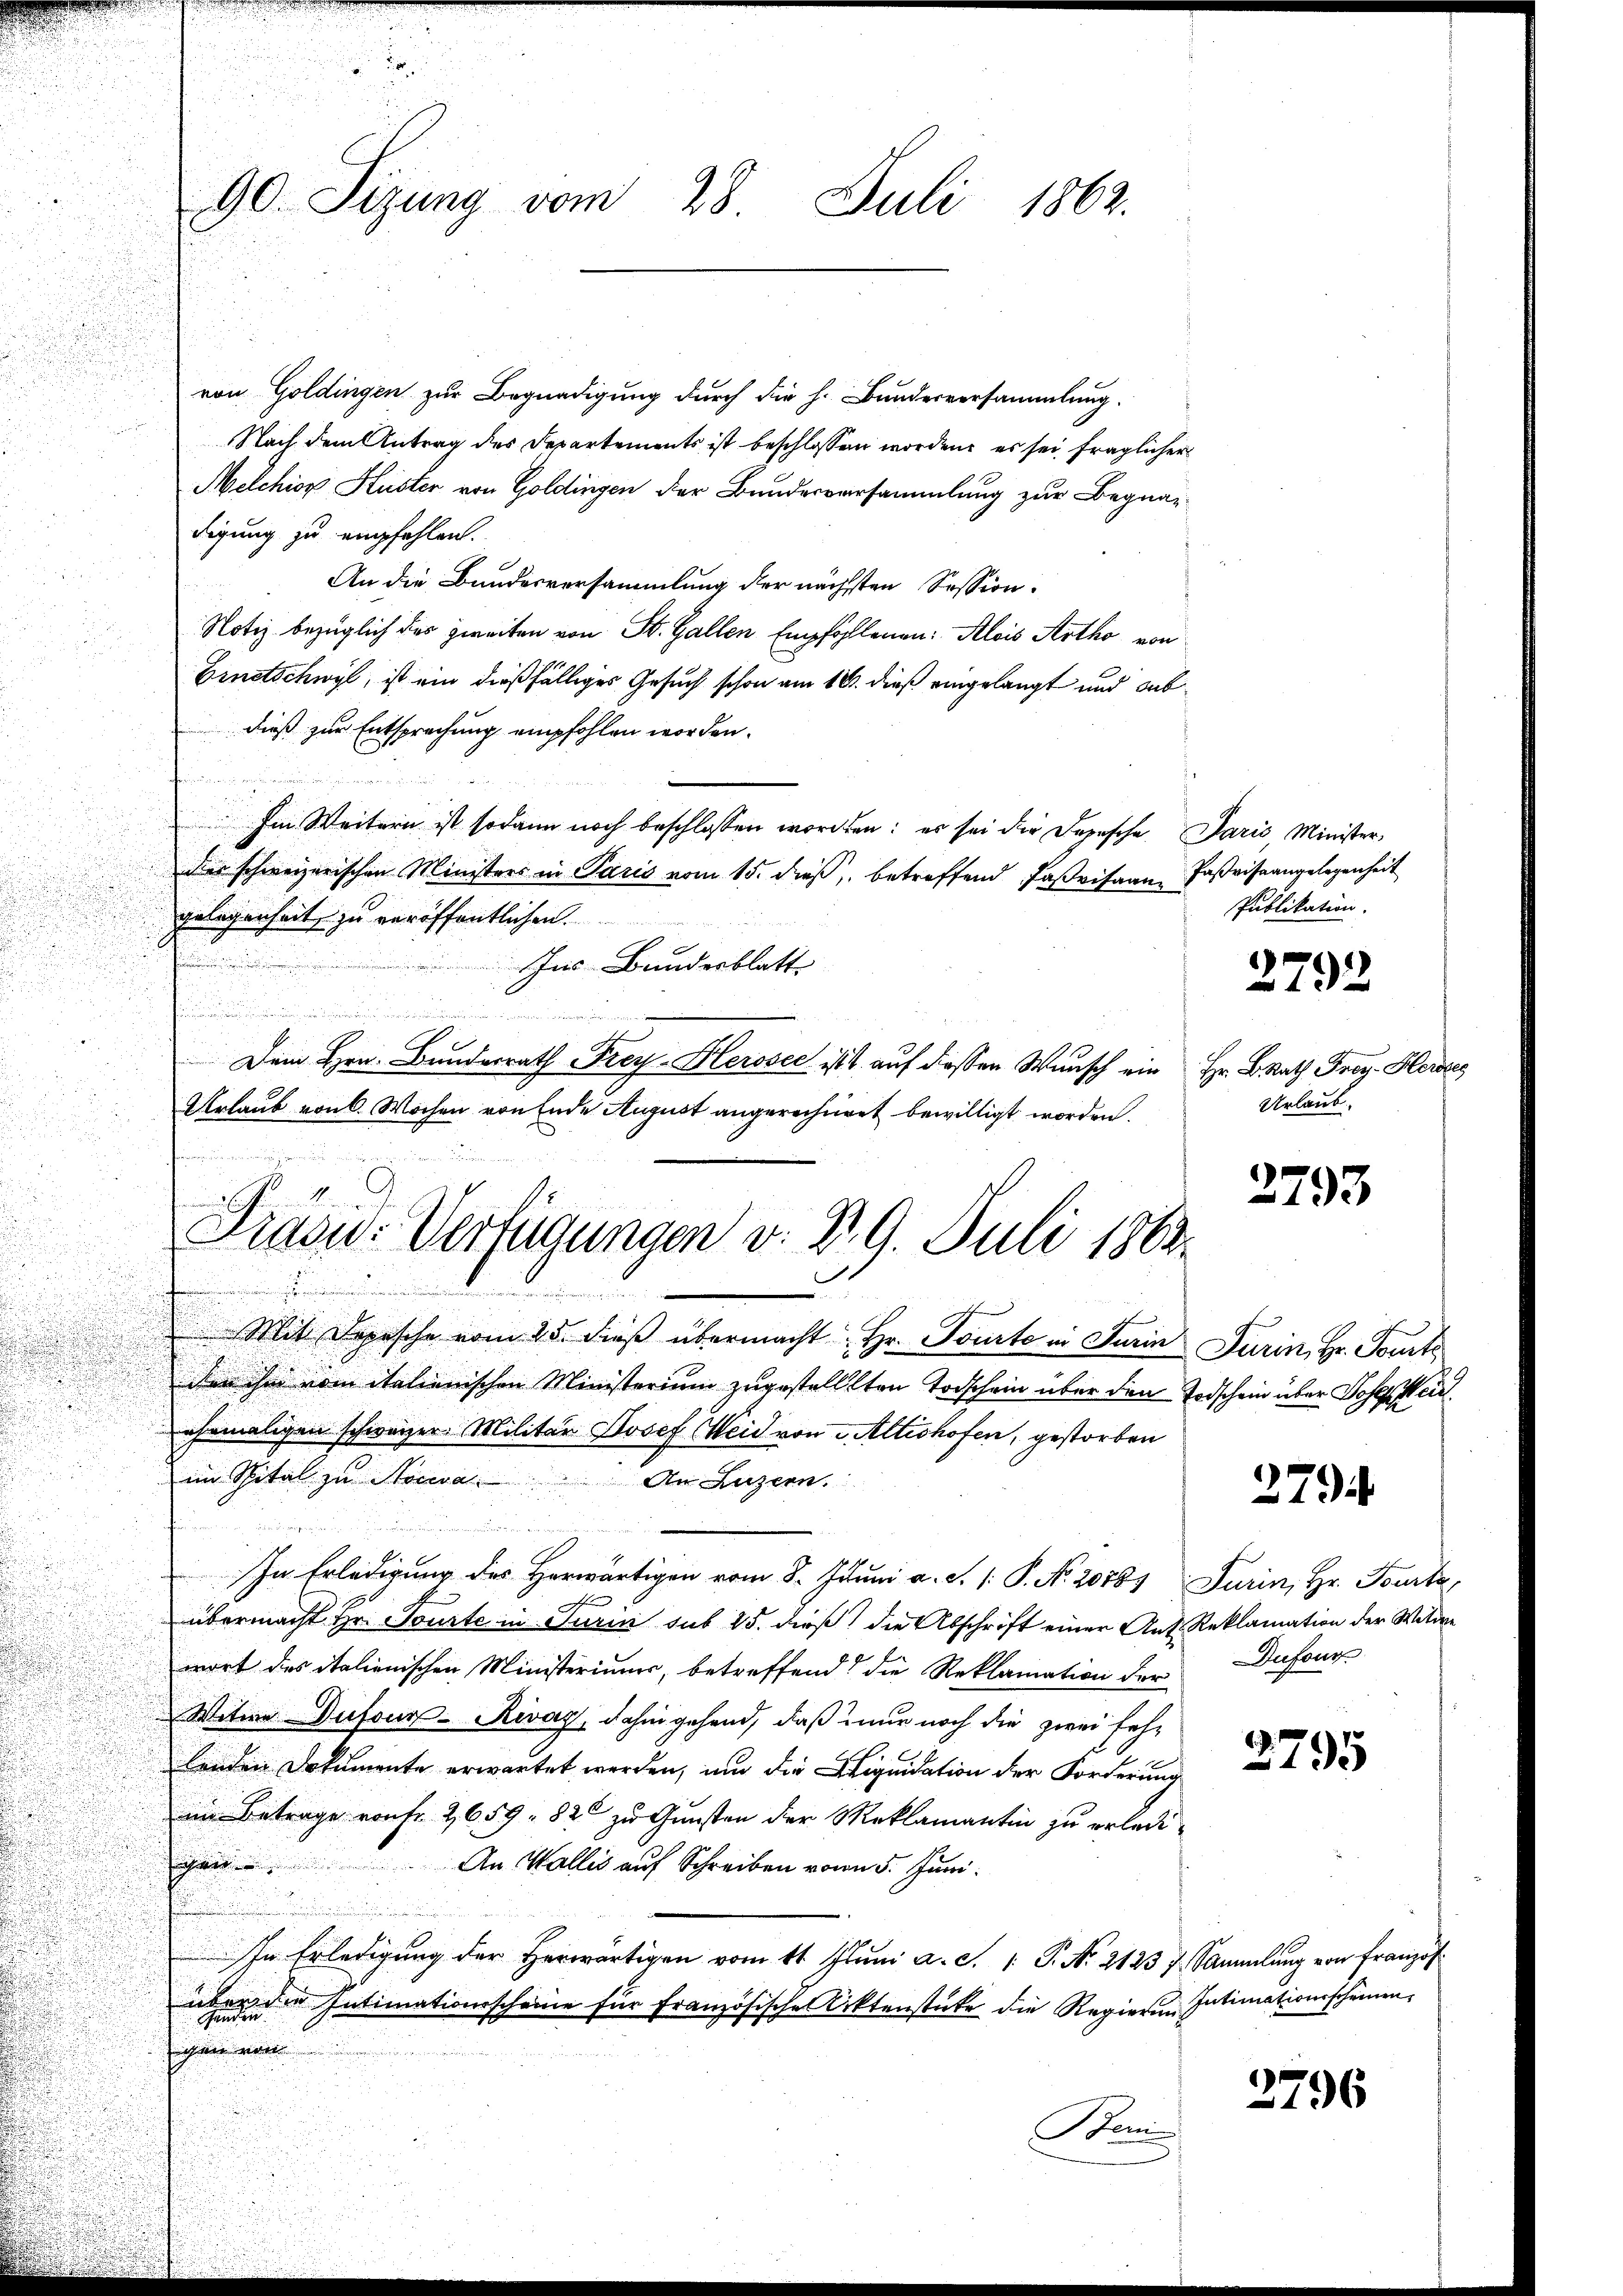
u

von Goldingen zur Begnadigung durch die h. Bundesversammlung.
Nach dem Antrag des Departements ist beschlossen worden, es sei fraglicher
Melchior Küster von Goldingen der Bundesversammlung zur Begnadigung zu empfehlen.
An die Bundesversammlung der nächsten Session.
Notiz bezüglich des zweiten von St. Gallen Empfohlenen: Alois Artho von
Ernstschwyl, ist ein dießfälliges Gesuch schon am 16. dieß eingelangt und Subdieß zur Entsprechung empfohlen worden.
n
Im Weitern ist sodann noch beschlossen worden: es sei die Depesche Paris, Minister-
dies schweizerischen Ministers in Paris vom 15. dieß, betreffend Faßrisaan Paßviseangelegenheit
gelegenheit zu veröffentlichen.
Ins Bundesblatt
hmungen
n
Dem Hrn. Bundesrath Frey-Glerosec ist auf dessen Wunsch ein Hr. BRath Frey Herstes
Urlaub von 6 Wochen von Ende August angerechnet bewilligt worden.

G
u

90. Sizung vom 28. Juli 1862.

Mit Depesche vom 25. dieß übermacht: Hr. Tourte in Turin Turin, Hr. Fourte
den ihm vom italienischen Ministerium zugestellten Todschein über den Todschein über Josef Heil.
ehemaligen schwarzer Militär Josef Weid von Altishofen, gestorben
r
im Spital zu Nocwa
An Luzern.
In Erledigung des Herwärtigen vom 8. Juni a. d. 1. P. Nr. 20785 Turin, Hr. Tourta,
übermacht Hr. Tourte in Turini sub 15. dieß die Abschrift einer Ant. Reklamation der Wilde
wort des italienischen Ministeriums, betreffend die Reklamation der Dufour
Witwe Dufour-Rivaz, dahin gehend, daß nur noch die zwei fehlenden Dokumente erwartet werden, und die Liquidation der Forderung
im Betrage von fr. 2659 - 820 zu Gunsten der Meklamantin zu erledi-
a
An Wallis auf Schreiben vom 5. Juni.
In Erledigung der Herwärtigen vom 11 Juni a. c. 1 P. Nr. 21237 Sammlung von Franzos
über die Intimationsscheine für französische Aktenstüke die Regierung Intimationsscheinen
ichen weit
Bom

Pradu-Verfügungen v. dr. 9. Juli 1863.
n
.

Publikation.
2792

Urlaub.

2793

2794

2795

2796